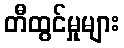
တီထွင်မှုများ